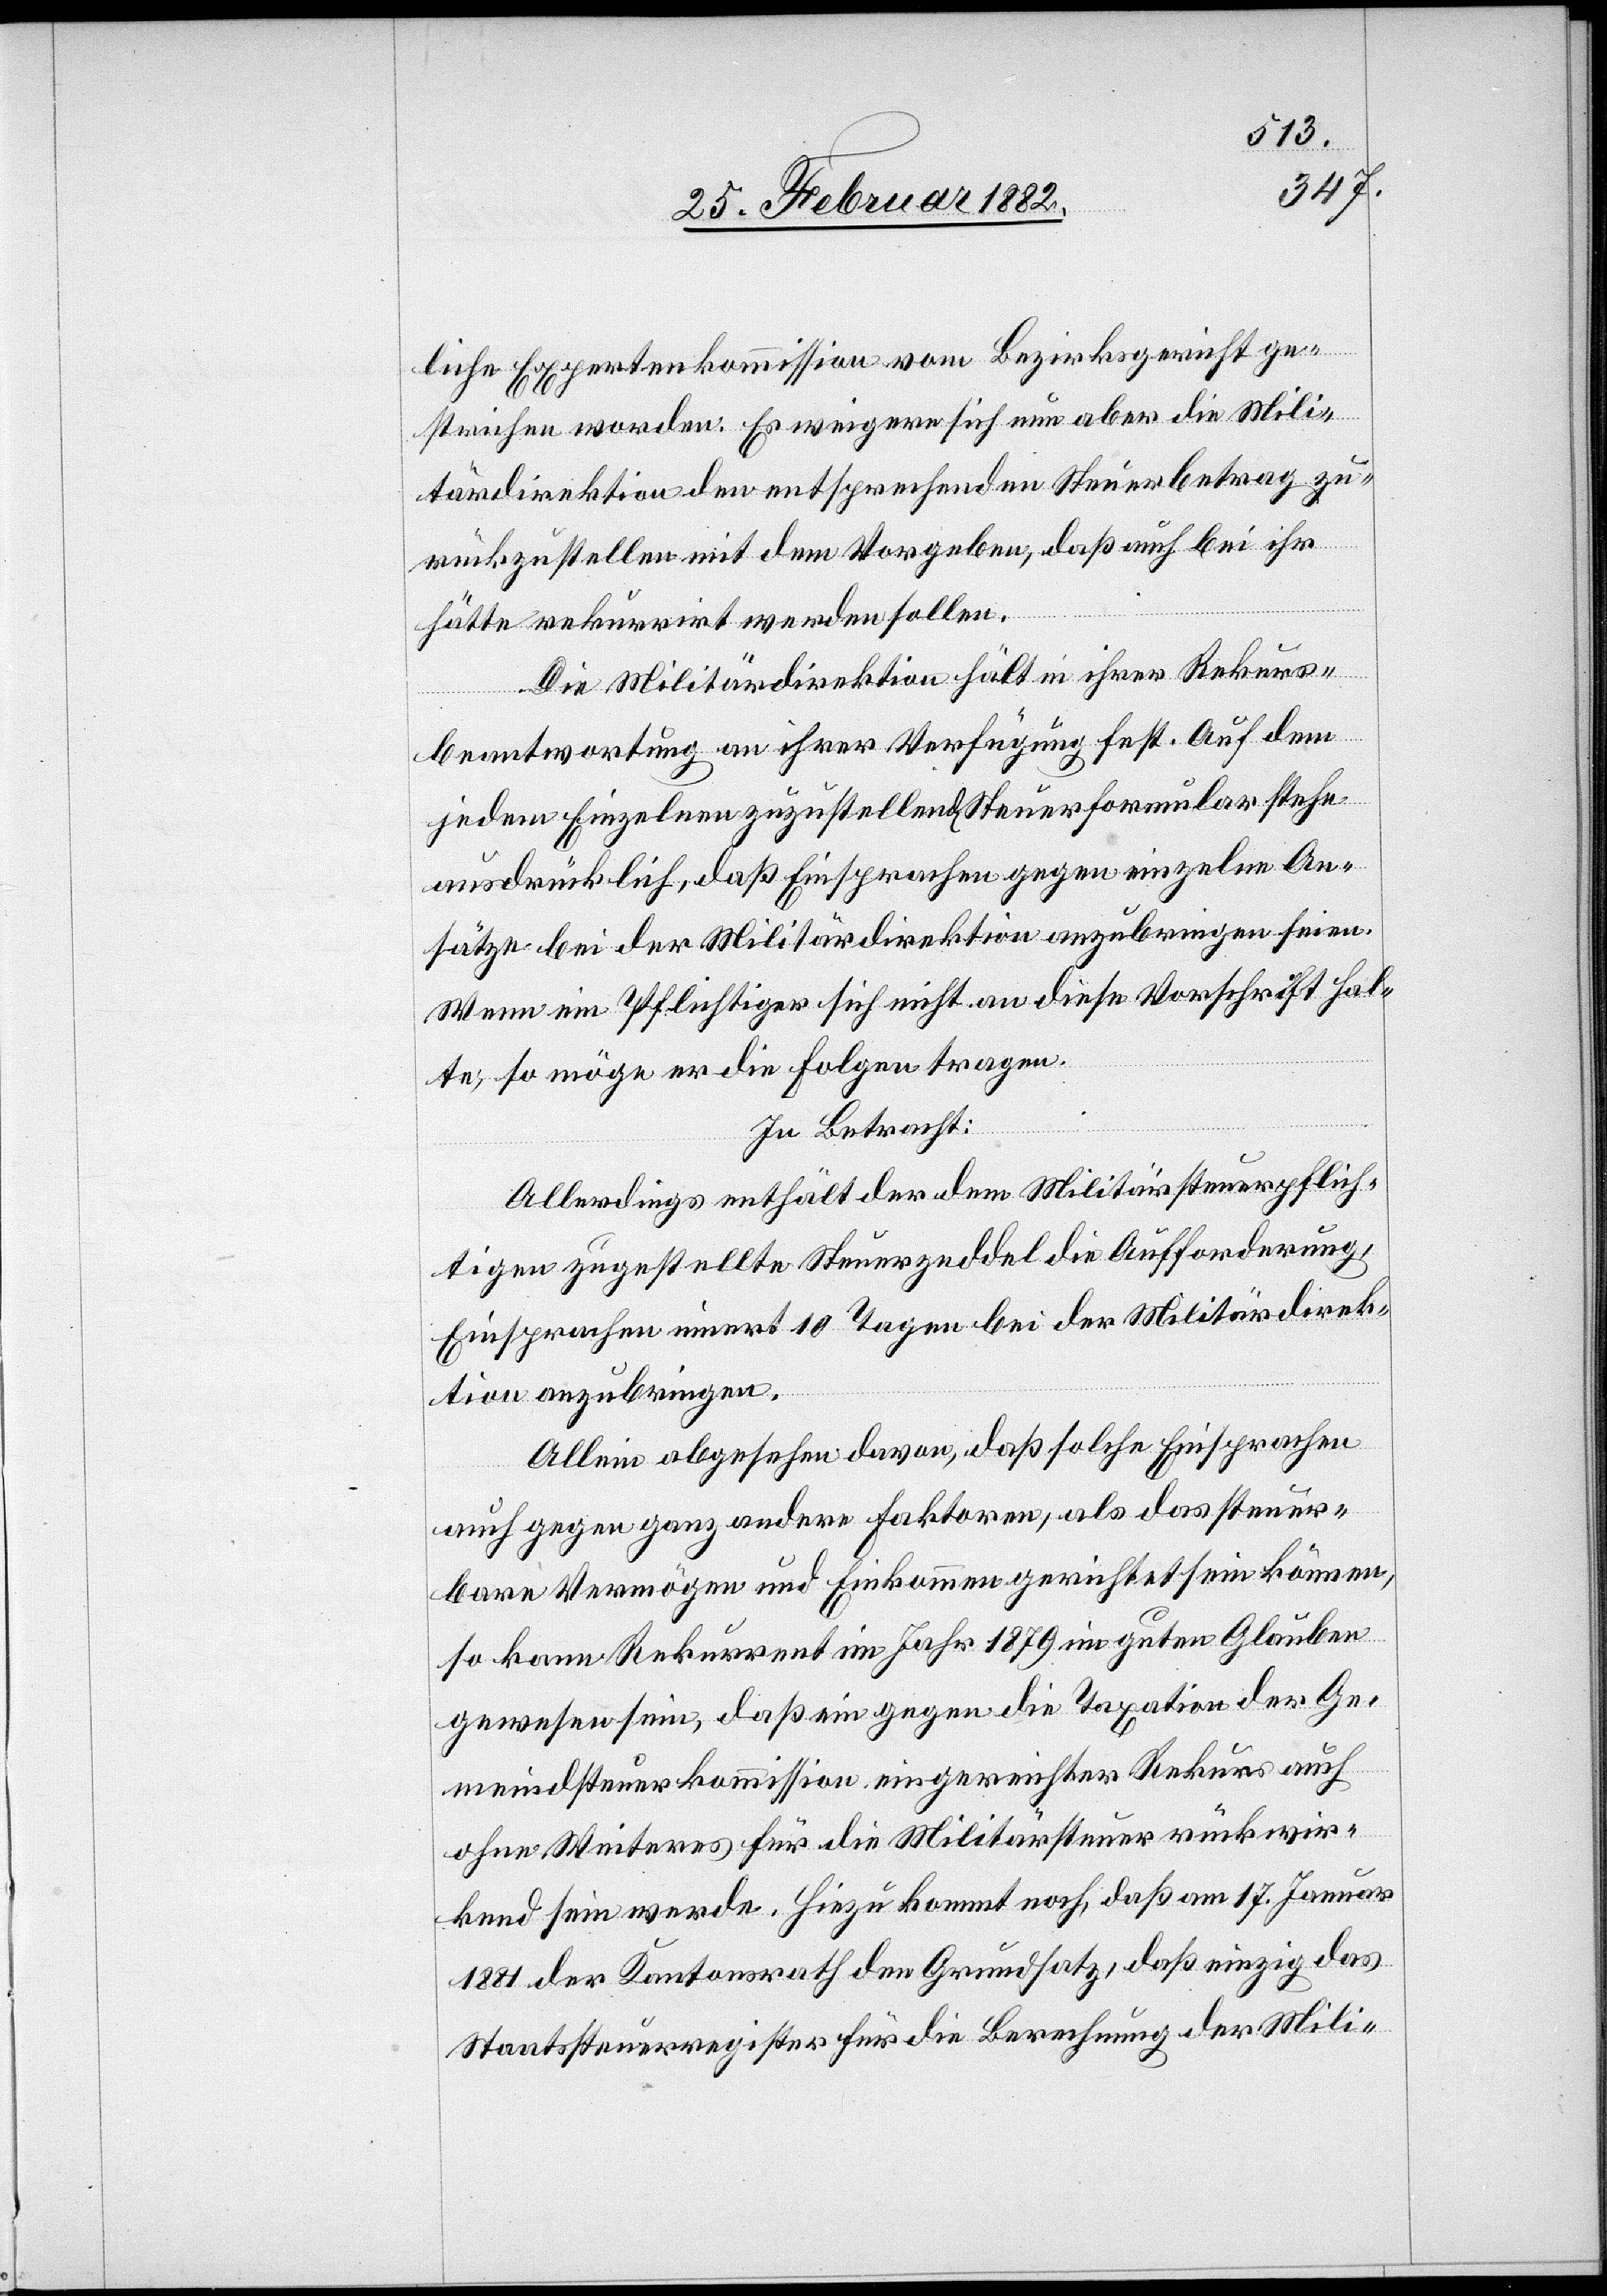
liche Expertenkommission vom Bezirksgericht ge¬
strichen worden. Es weigere sich nun aber die Mili¬
tärdirektion den entsprechenden Steuerbetrag zu¬
rückzustellen mit dem Vorgeben, daß auch bei ihr
hätte rekurrirt werden sollen.
Die Militärdirektion hält in ihrer Rekurs¬
beantwortung an ihrer Verfügung fest. Auf dem
jeden Einzelnen zuzustellend[es] Steuerformular stehe
ausdrücklich, daß Einsprachen gegen einzelne An¬
sätze bei der Militärdirektion anzubringen seinen.
Wenn ein Pflichtiger sich nicht an diese Vorschrift hal¬
te, so möge er die Folgen tragen.
In Betracht:
Allerdings enthält der dem Militärsteuerpflich¬
tigen zugestellte Steuerzeddel die Aufforderung,
Einsprachen innert 10 Tagen bei der Militärdirek¬
tion anzubringen.
Allein abgesehen davon, daß solche Einsprachen
auch gegen ganz andere Faktoren, als das steuer¬
bare Vermögen und Einkommen gerichtet sein können,
so kann Rekurrent im Jahr 1879 im guten Glauben
gewesen sein, daß ein gegen die Taxation der Ge¬
meindsteuerkommission eingereichter Rekurs auch
ohne Weiteres für die Militärsteuer rückwir¬
kend sein werde. Hinzu kommt noch, daß am 17. Januar
1881 der Kantonsrath den Grundsatz, daß einzig das
Staatssteuerregister für die Berechnung der Mili-